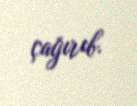
çağırıb.